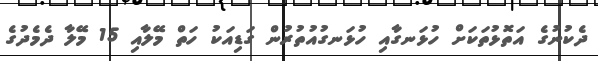
ދެކުނުގެ އަތޮޅުތަކަށް ހުޅަނގާއި ހުޅަނގުއުތުރުން ގަޑިއަކު ހަތް މޭލާއި 15 މޭލާ ދެމެދުގެ